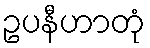
ဥပနီဟာတုံ